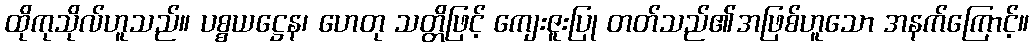
ထိုကုသိုလ်ဟူသည်။ ပစ္စယဋ္ဌေန၊ ဟေတု သတ္တိဖြင့် ကျေးဇူးပြု တတ်သည်၏အဖြစ်ဟူသော အနက်ကြောင့်။